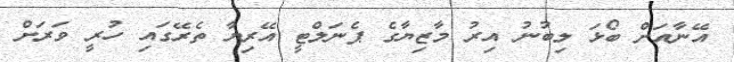
އޭނާއަށް ބޯޅަ ލިބުނު އިރު މާޒިޔާގެ ޕެނަލްޓީ އޭރިޔާ ތެރޭގައި ހުރީ ވަރަށް